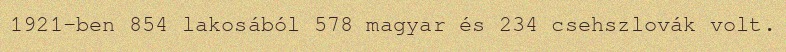
1921-ben 854 lakosából 578 magyar és 234 csehszlovák volt.